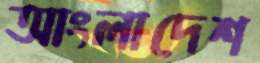
আংলাদেশ